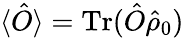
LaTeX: \langle\hat{O}\rangle=\mathrm{Tr}(\hat{O}\hat{\rho}_{0})